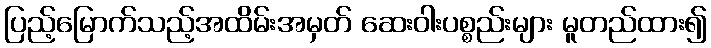
ပြည့်မြောက်သည့်အထိမ်းအမှတ် ဆေးဝါးပစ္စည်းများ မူတည်ထား၍